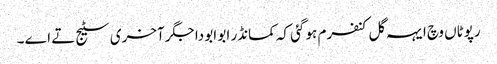
رپوٹاں وچ ایہہ گل کنفرم ہو گئی کہ کمانڈر ابو ابو دا جگر آخری سٹیج تے اے ۔